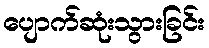
ပျောက်ဆုံးသွားခြင်း